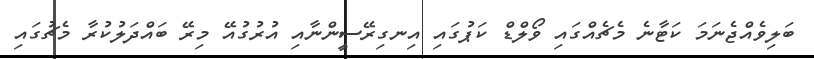
ބަލިވެއްޖެނަމަ ކަޓާނެ މެޗެއްގައި ވޯލްޑް ކަޕުގައި އިނގިރޭސީންނާއި އުރުގުއޭ މިރޭ ބައްދަލުކުރާ މެޗުގައި